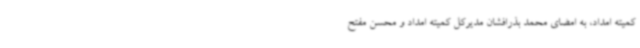
کمیته امداد، به امضای محمد بذرافشان مدیرکل کمیته امداد و محسن مفتح